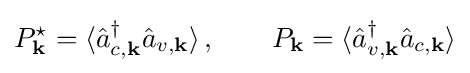
P_{\mathbf {k} }^{\star }=\langle {\hat {a}}_{c,\mathbf {k} }^{\dagger }{\hat {a}}_{v,\mathbf {k} }\rangle \,,\qquad P_{\mathbf {k} }=\langle {\hat {a}}_{v,\mathbf {k} }^{\dagger }{\hat {a}}_{c,\mathbf {k} }\rangle